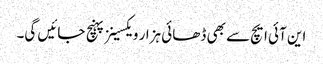
این آئی ایچ سے بھی ڈھائی ہزار ویکسینز پہنچ جائیں گی۔